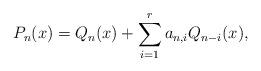
LaTeX: \begin{align*}P_n(x)=Q_{n}(x)+\sum_{i=1}^{r}a_{n,i}Q_{n-i}(x), \end{align*}